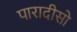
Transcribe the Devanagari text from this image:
पारादीसो